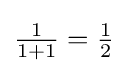
{\tfrac {1}{1+1}}={\tfrac {1}{2}}